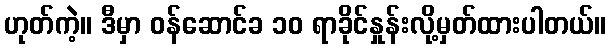
ဟုတ်ကဲ့။ ဒီမှာ ဝန်ဆောင်ခ ၁၀ ရာခိုင်နှုန်းလို့မှတ်ထားပါတယ်။